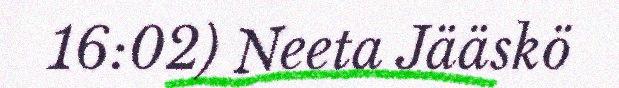
16:02) Neeta Jääskö